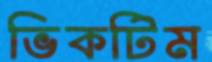
ভিকটিম